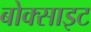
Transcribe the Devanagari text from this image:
बोक्साइट